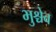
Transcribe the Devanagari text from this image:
भुश्चेव